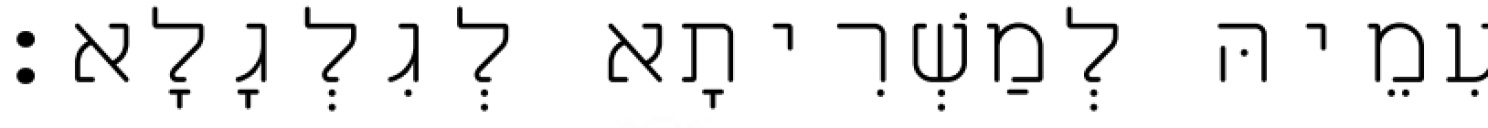
עִמֵיהּ לְמַשְׁרִיתָא לְגִלְגָלָא׃